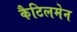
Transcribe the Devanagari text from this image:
कैटिलमेन